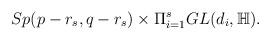
LaTeX: \begin{align*} Sp(p-r_{s},q-r_{s})\times \Pi_{i=1}^{s}GL(d_{i},\mathbb{H}).\end{align*}